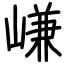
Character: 嵰